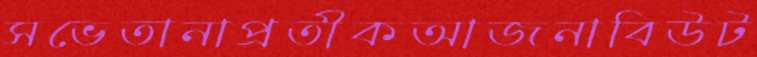
সভেতানাপ্রতীকআজনাবিউট